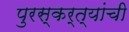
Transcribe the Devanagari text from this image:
पुरस्कर्त्यांची